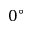
0 ^ { \circ }